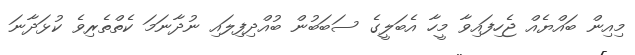
މިއިން ބައްޔެއް ޖެހިފައިވާ މީހާ އެބަލީގެ ސަބަބުން ބުއްދިފިލައި ނުދާނަމަ ކެތްތެރިވެ ކުޅަދާނަ